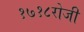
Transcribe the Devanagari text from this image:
१७१८रोजी